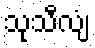
သုသီလျံ